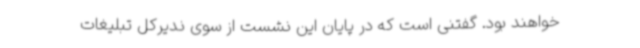
خواهند بود. گفتنی است که در پایان این نشست از سوی ندیرکل تبلیغات